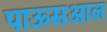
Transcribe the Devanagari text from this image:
पाऊसआल